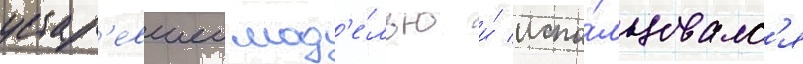
устар'евшеи мод'е́лью и́ испо́льзовалс'я